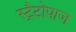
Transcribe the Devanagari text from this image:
स्ट्रैटोपाज